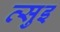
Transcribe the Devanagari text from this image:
त्सुइ